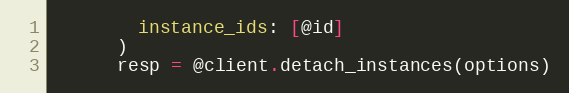
Language: Ruby
        instance_ids: [@id]
      )
      resp = @client.detach_instances(options)